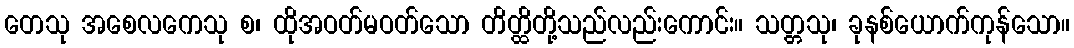
တေသု အစေလကေသု စ၊ ထိုအဝတ်မဝတ်သော တိတ္ထိတို့သည်လည်းကောင်း။ သတ္တသု၊ ခုနစ်ယောက်ကုန်သော။